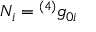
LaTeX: N _ { i } = { ^ { ( 4 ) } g _ { 0 i } }